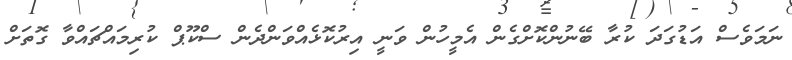
ނަމަވެސް އަޑުގަދަ ކުރާ ބޭނުންކޮށްގެން އެމީހުން ވަނީ އިރުކޮޅެއްވަންދެން ސްކޫޕް ކުރިމައްޗައްވާ ގޮތަށް